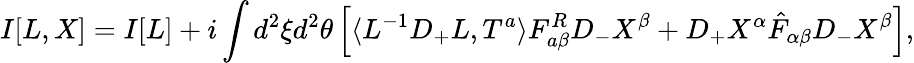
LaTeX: I[L,X]=I[L]+i\int d^{2}\xi d^{2}\theta\left[\langle L^{-1}D_{+}L,T^{a}\rangle F_{a\beta}^{R}D_{-}X^{\beta}+D_{+}X^{\alpha}\hat{F}_{\alpha\beta}D_{-}X^{\beta}\right],